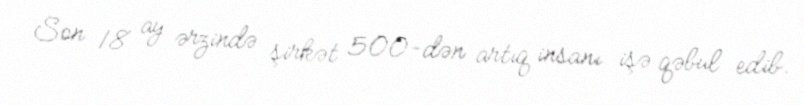
Son 18 ay ərzində şirkət 500-dən artıq insanı işə qəbul edib.